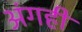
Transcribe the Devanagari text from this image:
अंगही